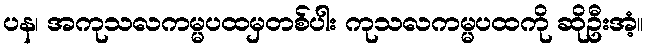
ပန၊ အကုသလကမ္မပထမှတစ်ပါး ကုသလကမ္မပထကို ဆိုဦးအံ့။